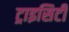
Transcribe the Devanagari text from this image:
ट्राइसिटी